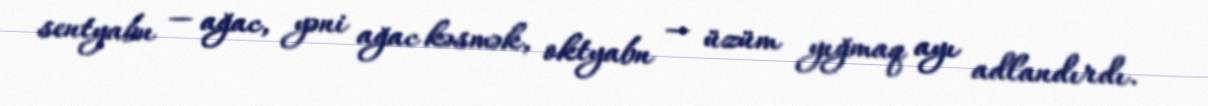
sentyabn — ağac, yəni ağac kəsmək, oktyabn — üzüm yığmaq ayı adlandırdı.